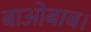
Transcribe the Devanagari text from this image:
बाओबाब।